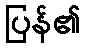
ပြန်၏